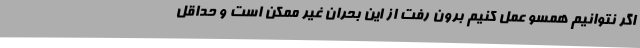
اگر نتوانیم همسو عمل کنیم برون رفت از این بحران غیر ممکن است و حداقل